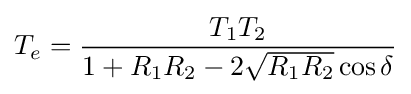
T_{e}={\frac {T_{1}T_{2}}{1+R_{1}R_{2}-2{\sqrt {R_{1}R_{2}}}\cos \delta }}